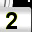
Digit: 2